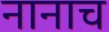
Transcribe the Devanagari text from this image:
नानाच